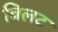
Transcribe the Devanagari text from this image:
विलट